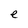
Character: e